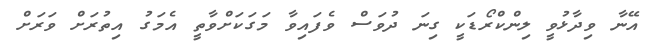
އޭނާ ވިދާޅުވީ ލިންކްރޯޑަކީ ގިނަ ދުވަސް ވެފައިވާ މަގަކަށްވާތީ އެމަގު އިތުރަށް ވަރަށް